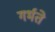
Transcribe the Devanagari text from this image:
गर्भते